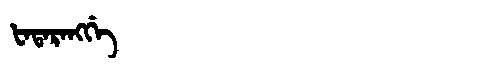
Manchu: ᡶᠠᡨᠠᡵᠠᠩᡤᡝ
Romanization: FATARANGGE